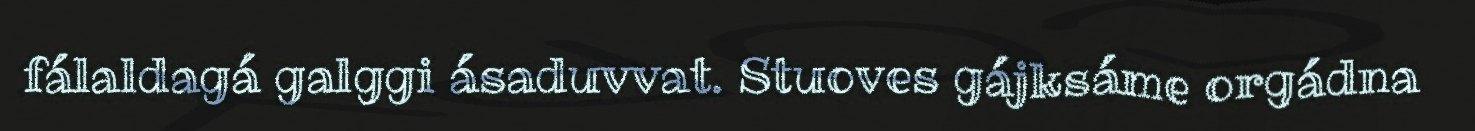
fálaldagá galggi ásaduvvat. Stuoves gájksáme orgádna